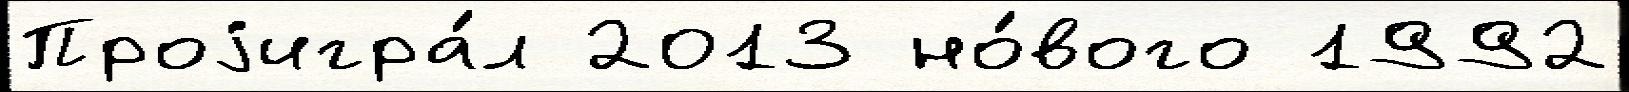
Проjигра́л 2013 но́вого 1992